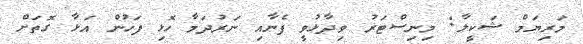
މަރިޔަމް ޝަކީލާ: މިނިސްޓަރު ވިދާޅުވީ ފެނާއި ނަރުދަމާ ހޮޅި ފަހުން އަޅާ ގޮތަށް